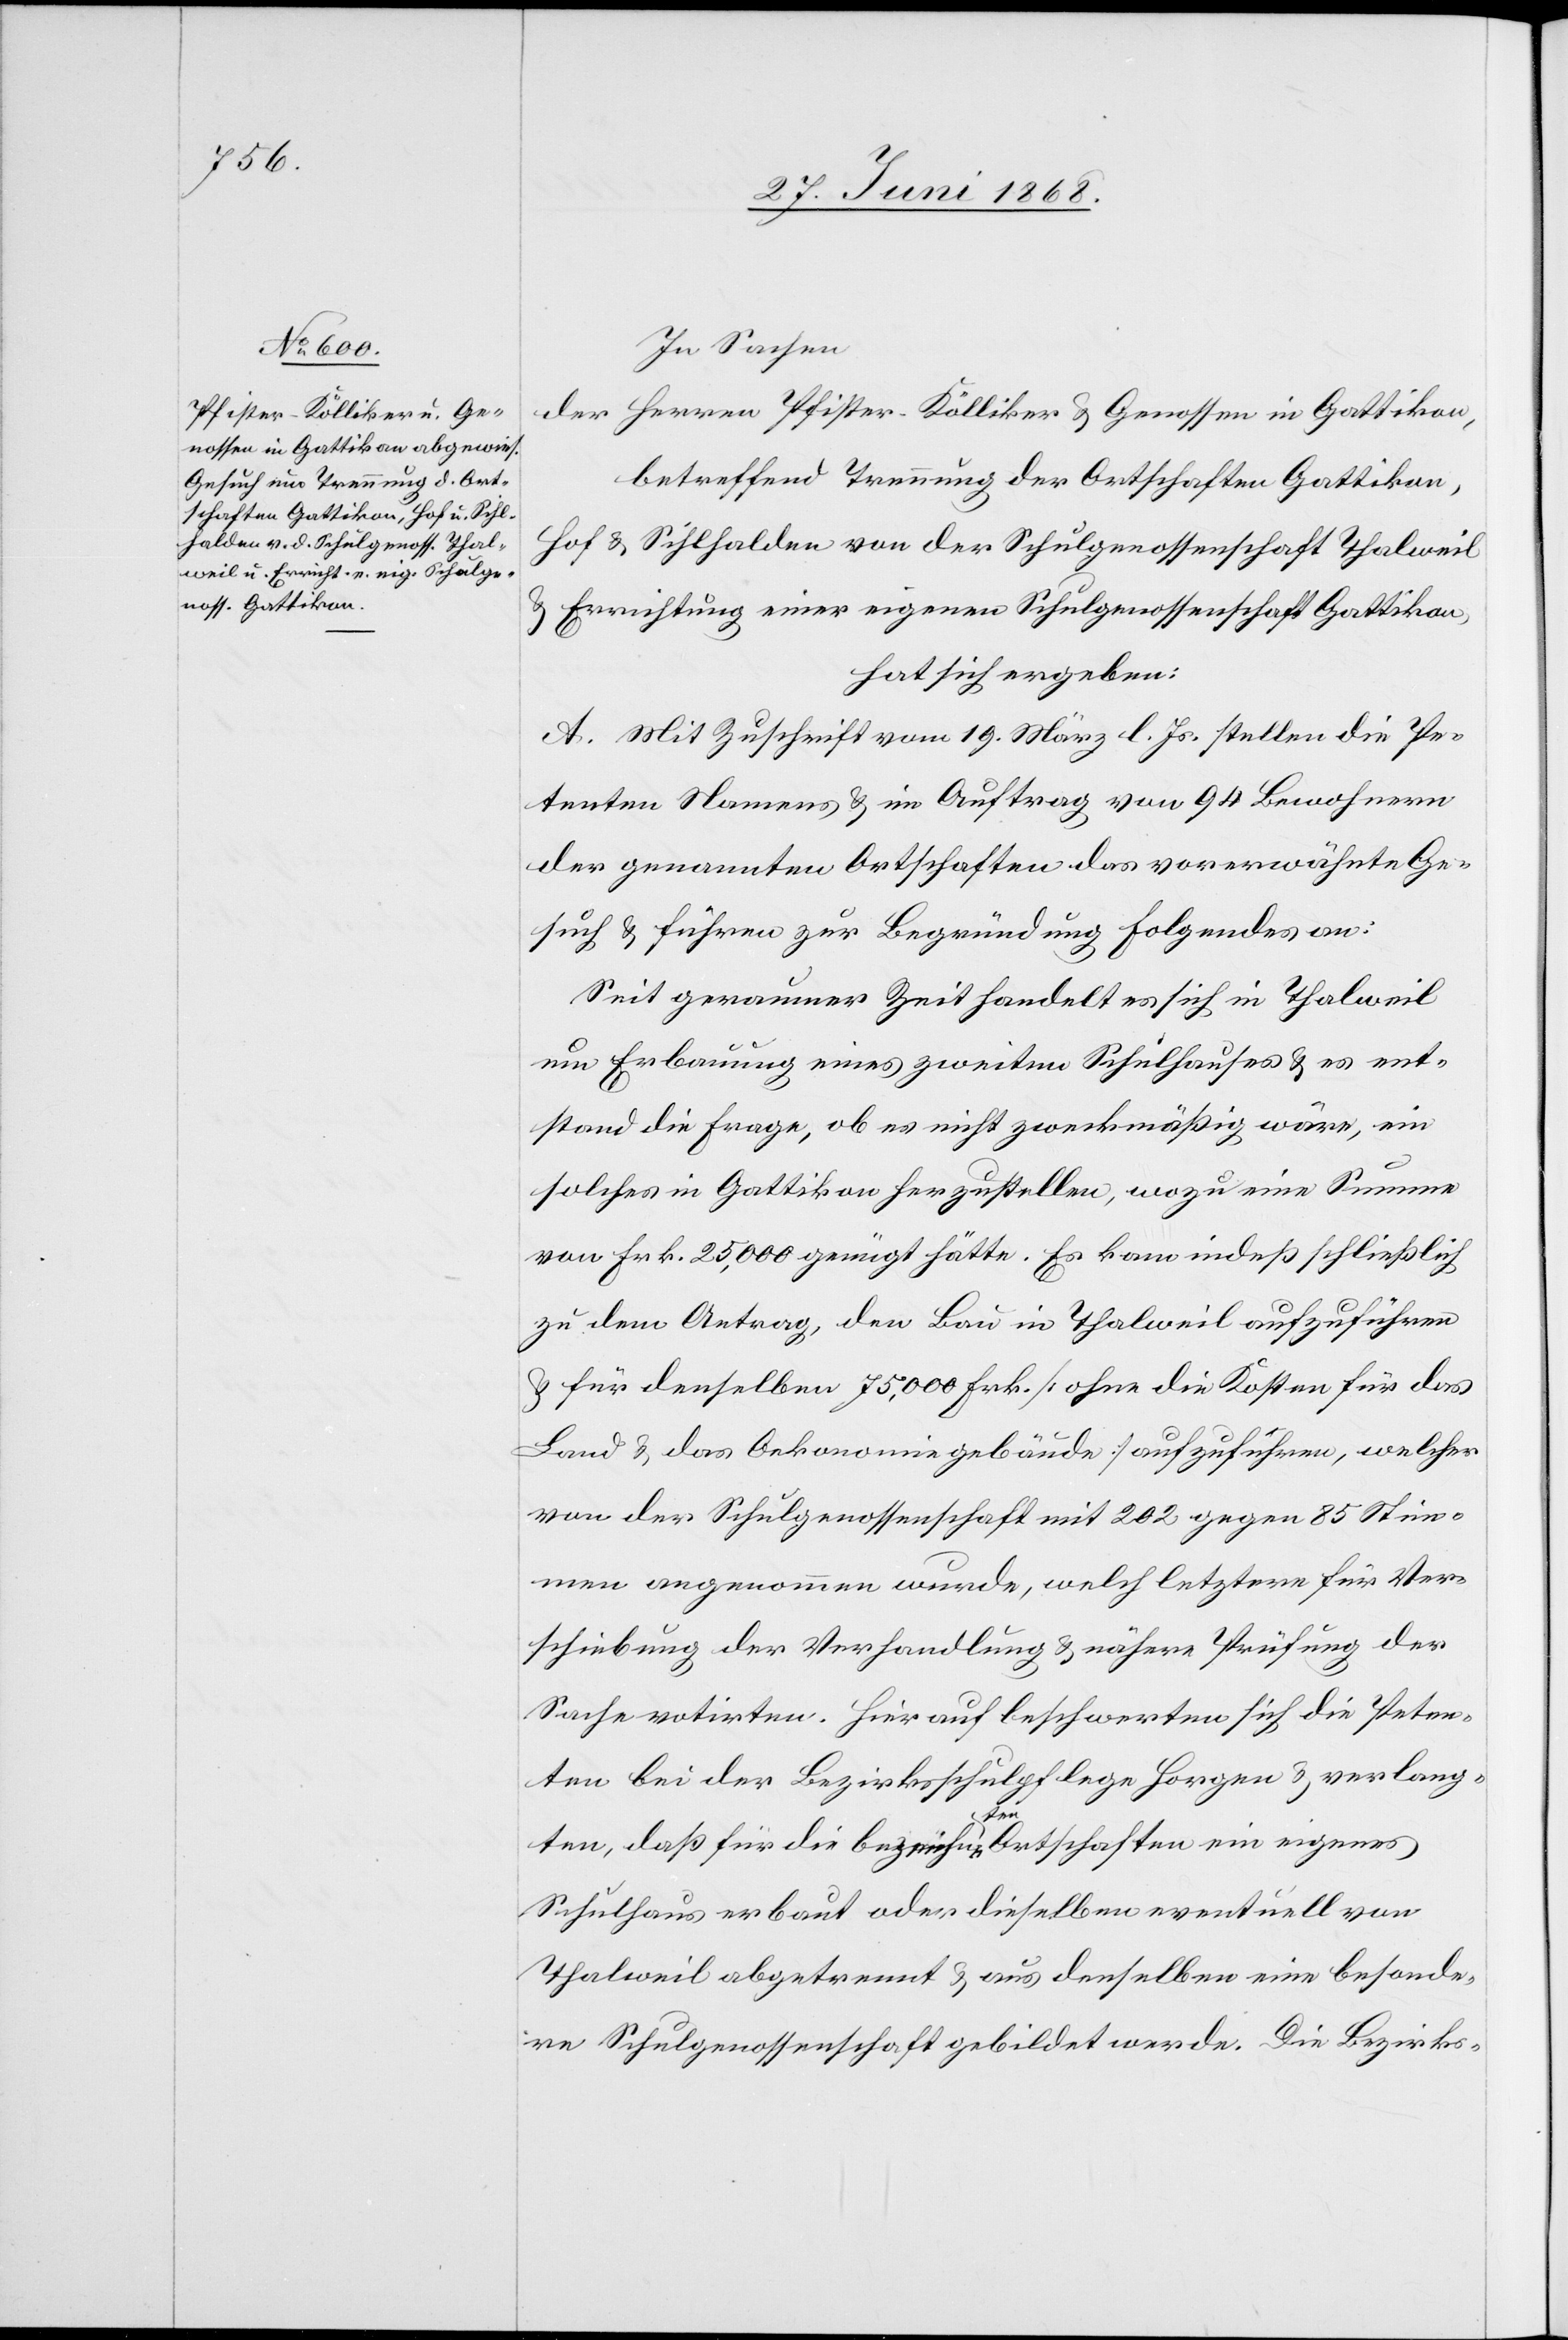
In Sachen
der Herren Pfister-Kölliker & Genossen in Gattikon,
betreffend Trennung der Ortschaften Gattikon,
Hof & Sihlhalden von der Schulgenossenschaft Thalweil
Errichtung einer eigenen Schulgenossenschaft Gattikon,
hat sich ergeben:
A. Mit Zuschrift vom 19. März l. Js. stellen die Pe¬
tenten Namens & im Auftrag von 94 Bewohnern
der genannten Ortschaften das vorerwähnte Ge¬
such & führen zur Begründung Folgendes an:
Seit geraumer Zeit handelt es sich in Thalweil
um Erbauung eines zweiten Schulhauses & es ent¬
stand die Frage, ob es nicht zweckmäßig wäre, ein
solches in Gattikon herzustellen, wozu eine Summe
von Frk. 25,000 genügt hätte. Es kam indeß schließlich
zu dem Antrag, den Bau in Thalweil aufzuführen
& für denselben 75,000 Frk. [ohne die Kosten für das
Land & das Oekonomiegebäude] aufzuführen, welcher
von der Schulgenossenschaft mit 202 gegen 85 Stim¬
men angenommen wurde, welch letztere für Ver¬
schiebung der Verhandlung & nähere Prüfung der
Sache votirten. Hierauf beschwerten sich die Peten¬
ten bei der Bezirksschulpflege Horgen & verlang¬
ten, daß für die bezeichneten Ortschaften ein eigenes
Schulhaus erbaut oder dieselben eventuell von
Thalweil abgetrennt & aus denselben eine besonde¬
re Schulgenossenschaft gebildet werde. Die Bezirks-